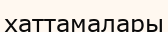
хаттамалары